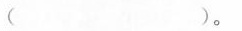
( ) 。